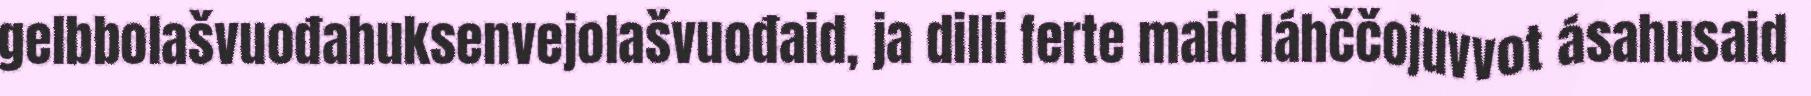
gelbbolašvuođahuksenvejolašvuođaid, ja dilli ferte maid láhččojuvvot ásahusaid